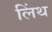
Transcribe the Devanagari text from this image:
लिंथ